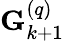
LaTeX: \mathbf{G}_{k+1}^{\left(q\right)}